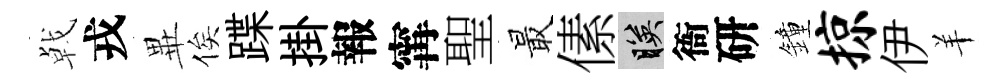
㦸戎𭺾俟蹀掛報𡩋聖最傃映衙研鐘掠伊羊